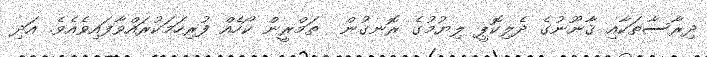
ދިރާސާތަކާއި ޤާނޫނުގެ ދެލިކޮޕީ ލިޔުމުގެ ރޮނގުން  ތަމްރީން ކޯހެއް ފުރިހަމަކުރައްވާފައިވެއެވެ. އަދި